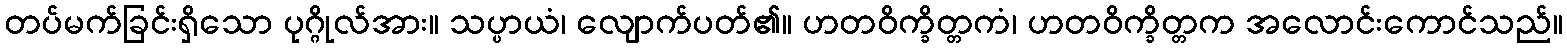
တပ်မက်ခြင်းရှိသော ပုဂ္ဂိုလ်အား။ သပ္ပာယံ၊ လျောက်ပတ်၏။ ဟတဝိက္ခိတ္တကံ၊ ဟတဝိက္ခိတ္တက အလောင်းကောင်သည်။